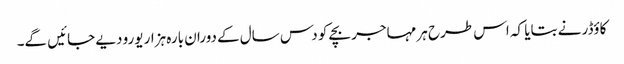
کاؤڈر نے بتایا کہ اس طرح ہر مہاجر بچے کو دس سال کے دوران بارہ ہزار یورو دیے جائیں گے۔